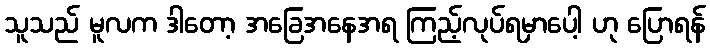
သူသည် မူလက ဒါတော့ အခြေအနေအရ ကြည့်လုပ်ရမှာပေါ့ ဟု ပြောရန်